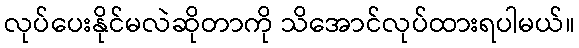
လုပ်ပေးနိုင်မလဲဆိုတာကို သိအောင်လုပ်ထားရပါမယ်။